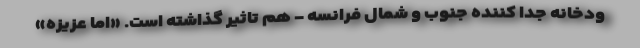
ودخانه جدا کننده جنوب و شمال فرانسه - هم تاثیر گذاشته است. «اما عزیزه»